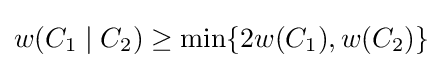
w(C_{1}\mid C_{2})\geq \min\{2w(C_{1}),w(C_{2})\}